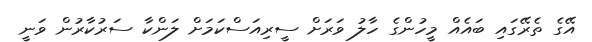
އޭގެ ތެރޭގައި ބައެއް މީހުންގެ ހާލު ވަރަށް ސީރިއަސްކަމަށް ލަންކާ ސަރުކާރުން ވަނީ